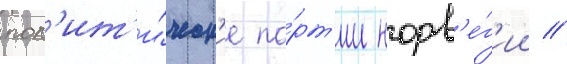
пол'ит'и́ческ'ие па́рт'ии норв'е́г'ии //